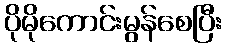
ပိုမိုကောင်းမွန်စေပြီး